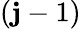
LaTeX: (\mathbf{j}-1)